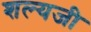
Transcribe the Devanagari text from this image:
शल्यजी